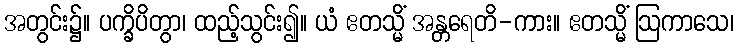
အတွင်း၌။ ပက္ခိပိတွာ၊ ထည့်သွင်း၍။ ယံ ဧတသ္မိံ အန္တရေတိ-ကား။ ဧတသ္မိံ ဩကာသေ၊